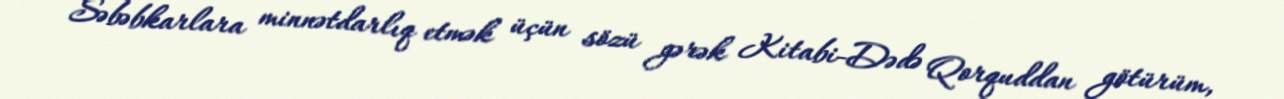
Səbəbkarlara minnətdarlıq etmək üçün sözü gərək Kitabi-Dədə Qorquddan götürüm,